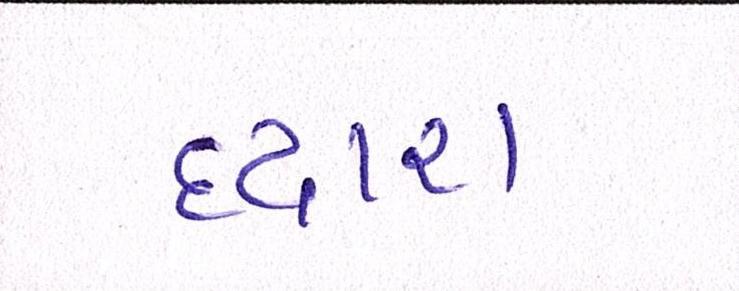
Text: દ્ધારા